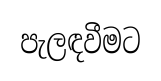
පැලඳවීමට